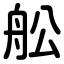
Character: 舩